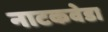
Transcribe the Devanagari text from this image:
नाटकवेडा